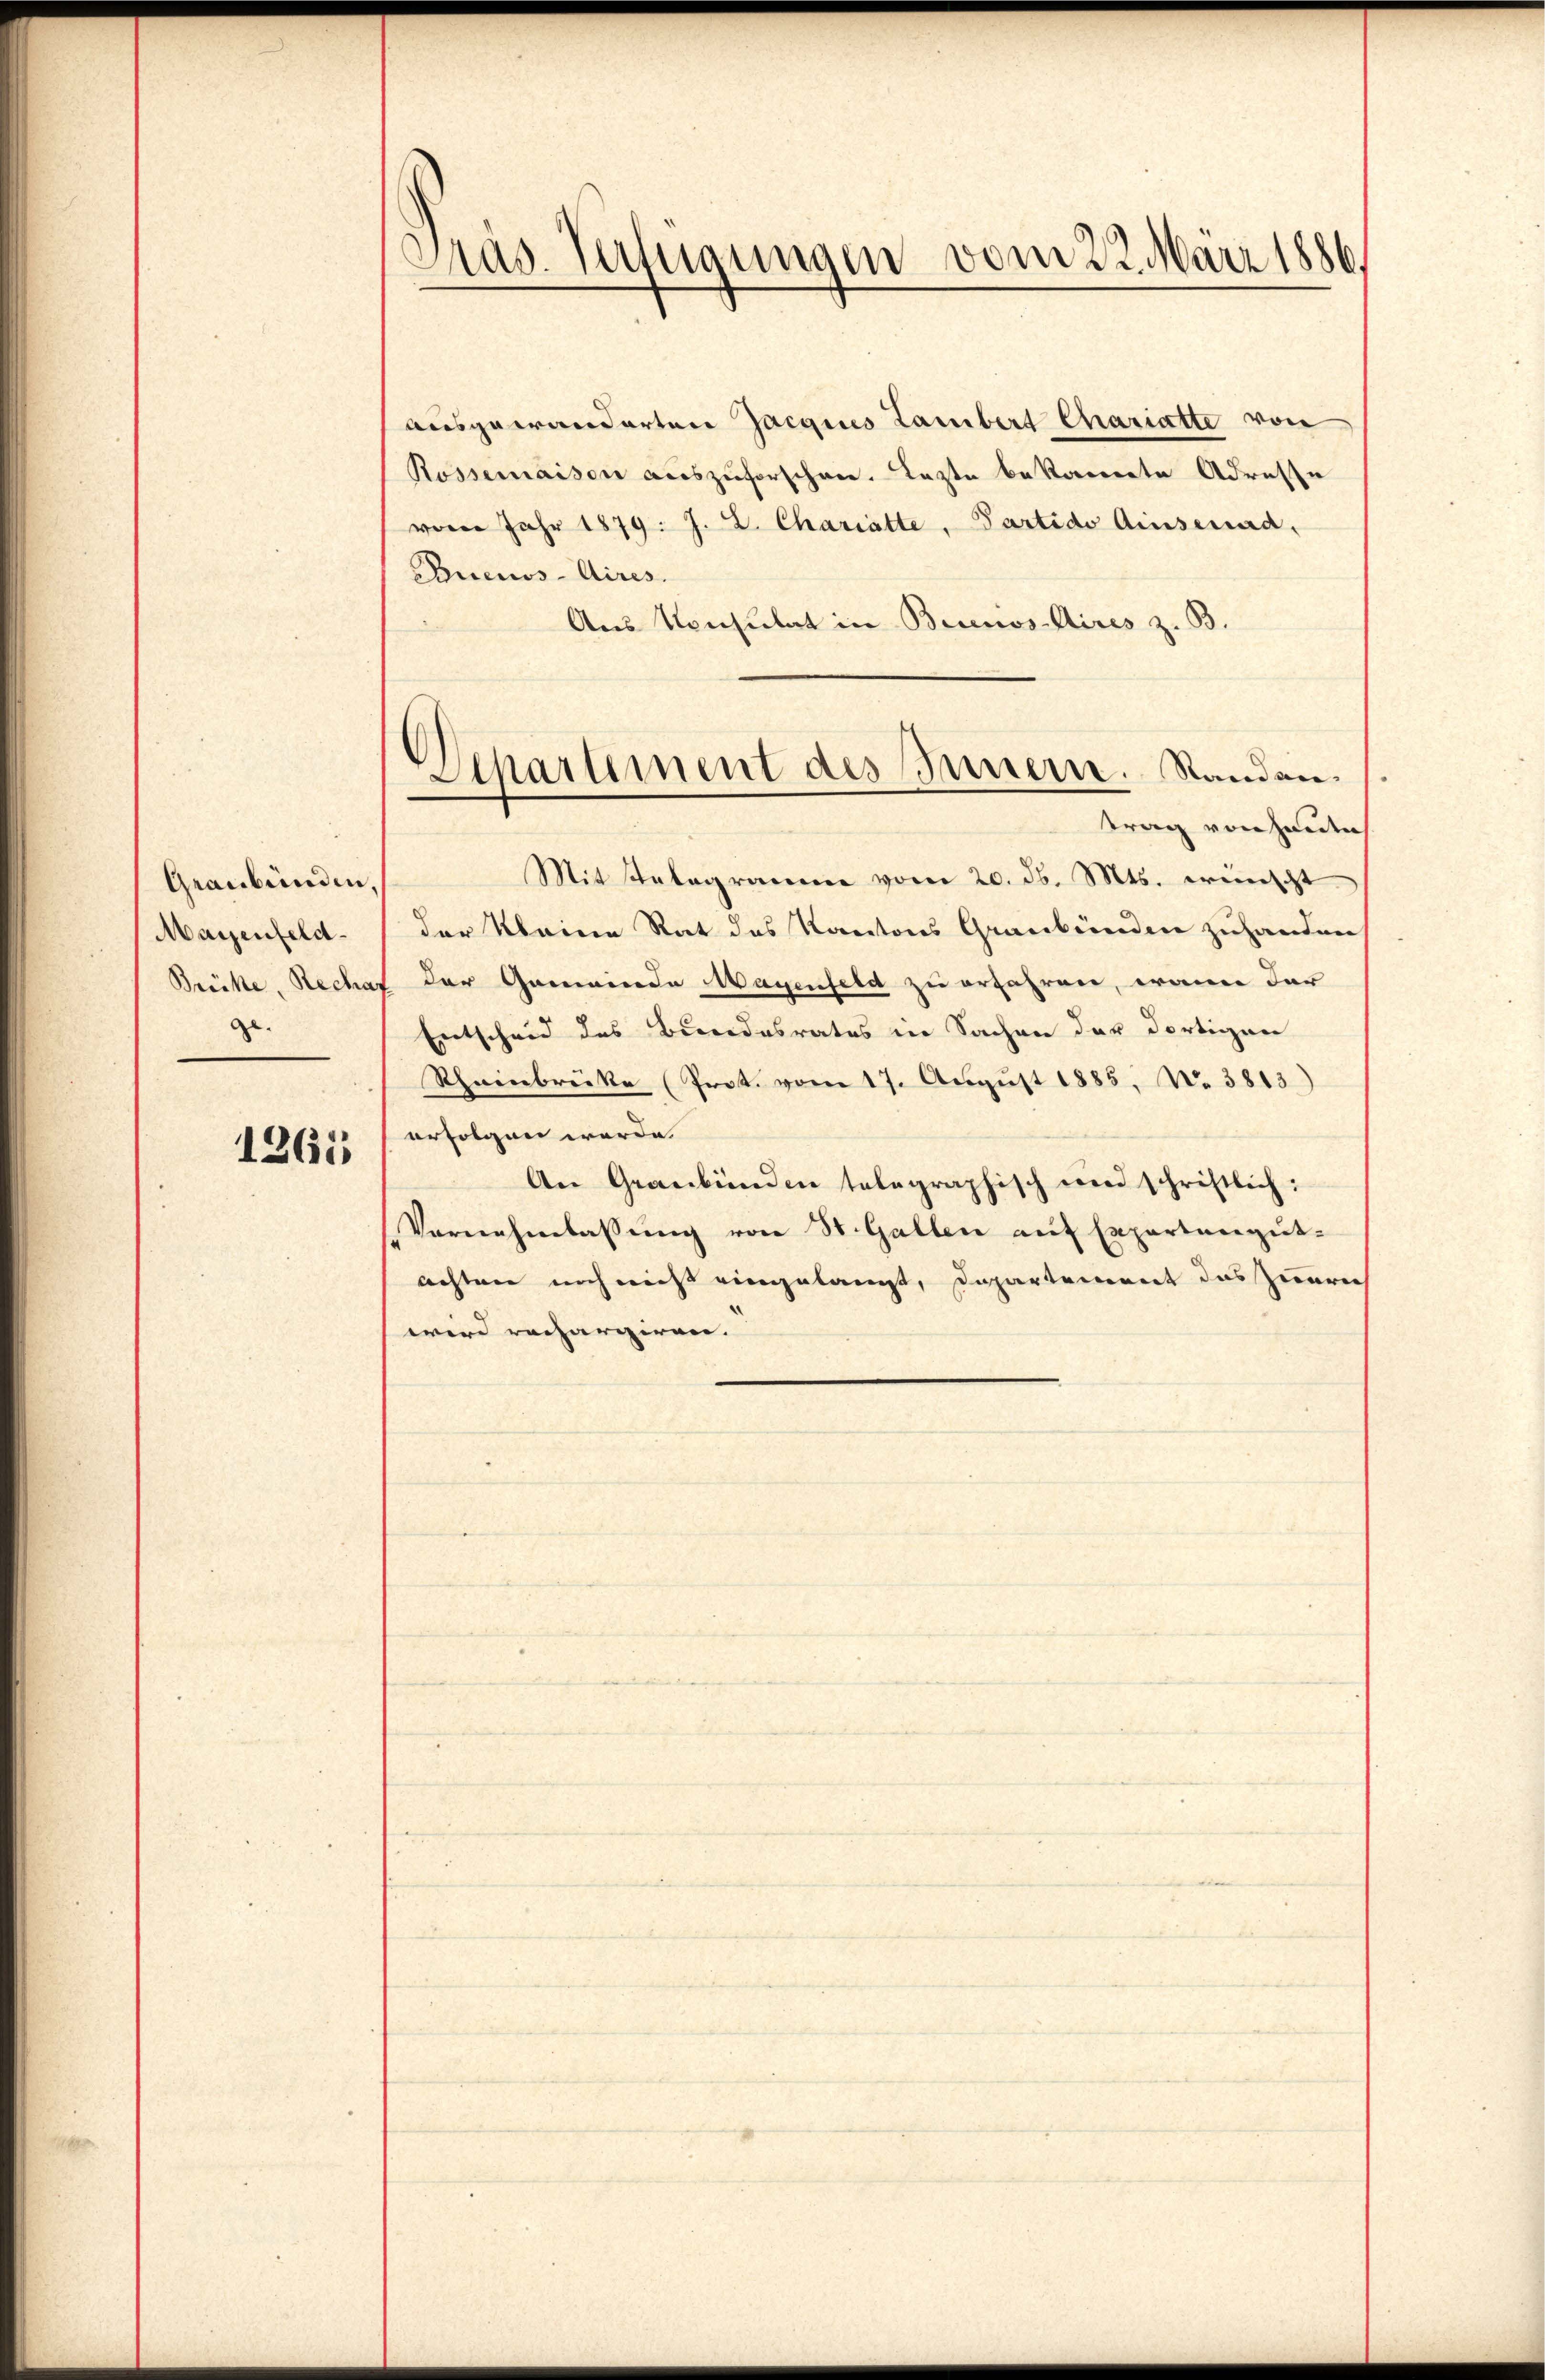
Graubünden,
Maienfeld¬
Brücke, Recha
ge- |

1265

Präs. Vertigungen vom 22. März 1886.

ausgewanderten Jargines Lambert Chariatte von
Rossemaison auszuforschen. Lezte bekannte Adresse
vom Jahr 1879. J. L. Chariatte, Partido Ainsenad,
Buenos-Aires.
Aus Konsulat in Brunos-Aires z. B.
Mit Salagramme vom 20. d. Mts. erwischt
der Kleine Rat des Kantons Graubünden zuhanden,
Der Gemeinde Wagenfeld zu erfahren, wenn dar
Entscheid des Bundesrates in Sachen der dortigen
Rheinbrücke (Prot. vom 17. Aŭgŭst 1885. No. 3813)
erfolgen werde.
An Graubünden telegraphisch und schriftlich:
Vernehmlassung von St. Gallen auf Expertengut-
achter noch nicht eingelangt, Departement das Zuerei
wird rechargiren.

Departement des Innern. Randantrag von heute